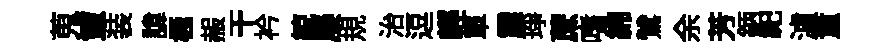
蒐簟装諱極赧干衿綂屡規治逗輕單震琤蔗嗜綿鷥余芳鈵祀瀘重